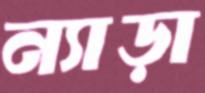
ন্যাড়া